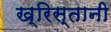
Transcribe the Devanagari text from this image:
ख्रिस्तानी